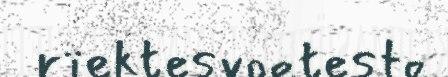
rïektesvoeteste